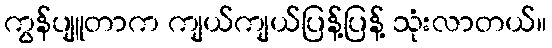
ကွန်ပျူတာက ကျယ်ကျယ်ပြန့်ပြန့် သုံးလာတယ်။